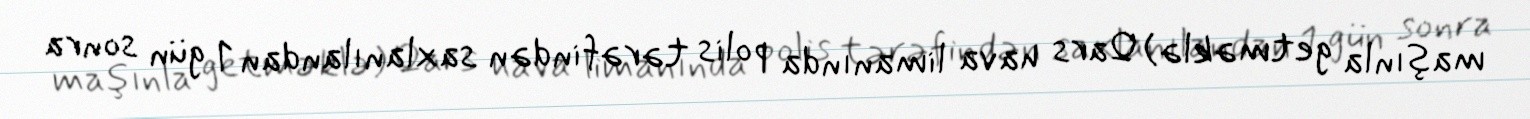
maşınla getməklə) Qars hava limanında polis tərəfindən saxlanılandan 1 gün sonra